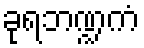
ခုရဘဏ္ဍကံ